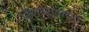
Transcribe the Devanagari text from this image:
केशवसूतांच्या